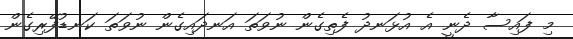
މި ފައިސާ ދެނީ އެ އުޅަނދު ފެތިގެން ނުވަތަ އަނދައިގެން ނުވަތަ ކަނޑުފޭރިގެން